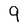
Character: 9